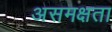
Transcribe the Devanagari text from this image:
असमक्षता